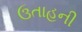
ઉતાહની